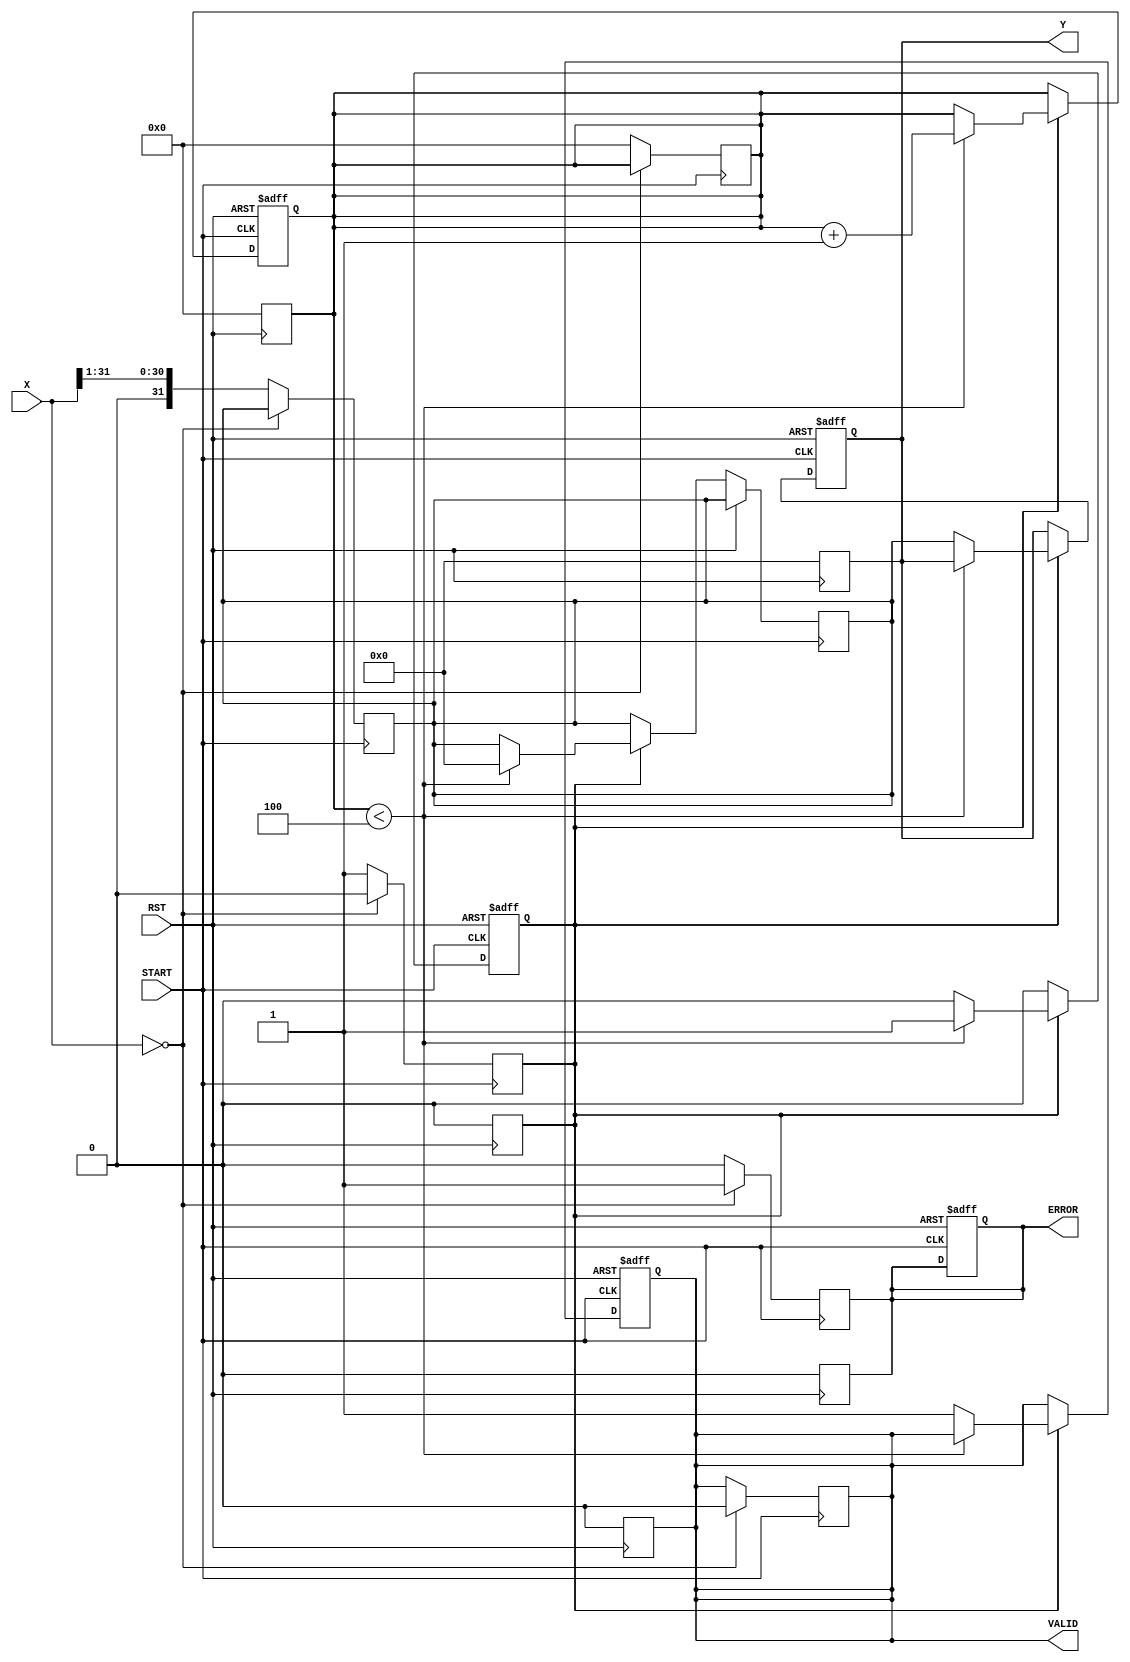
module ReciprocalUnit #(
    parameter N = 32 // Width of input and output
)(
    input  wire [N-1:0] X,      // Input Data
    input  wire START,           // Control Signal to start computation
    input  wire RST,             // Asynchronous Reset
    output reg  [N-1:0] Y,       // Reciprocal Result
    output reg  VALID,           // Output Valid Signal
    output reg  ERROR            // Error Signal
);

    // Internal signals
    reg [N-1:0] input_value;
    reg [N-1:0] approx;          // Current approximation of reciprocal
    reg [3:0] iteration_count;    // Iteration counter
    reg computing;                // Flag to indicate computation in progress

    // Constants for Newton-Raphson
    localparam MAX_ITERATIONS = 4; // Number of iterations for refinement

    // Asynchronous Reset
    always @(posedge RST) begin
        Y <= 0;
        VALID <= 0;
        ERROR <= 0;
        computing <= 0;
        iteration_count <= 0;
    end

    // Input Handling and Start Signal
    always @(posedge START) begin
        if (X == 0) begin
            ERROR <= 1; // Division by zero error
            VALID <= 0;
            computing <= 0;
        end else begin
            input_value <= X;
            approx <= {1'b0, X[N-1:1]}; // Initial guess (1/X) based on input
            iteration_count <= 0;
            computing <= 1;
            ERROR <= 0;
        end
    end

    // Newton-Raphson Iteration
    always @(posedge START or posedge RST) begin
        if (RST) begin
            // Reset logic
            Y <= 0;
            VALID <= 0;
            ERROR <= 0;
            computing <= 0;
            iteration_count <= 0;
        end else if (computing) begin
            if (iteration_count < MAX_ITERATIONS) begin
                // Newton-Raphson: approx = approx * (2 - input_value * approx)
                approx <= approx * (2**N - input_value * approx) >> N;
                iteration_count <= iteration_count + 1;
            end else begin
                // Finished computation
                Y <= approx;
                VALID <= 1;
                computing <= 0;
            end
        end
    end

endmodule